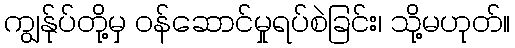
ကျွန်ုပ်တို့မှ ဝန်ဆောင်မှုရပ်စဲခြင်း၊ သို့မဟုတ်။